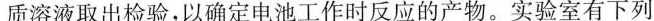
质溶液取出检验，以确定电池工作时反应的产物。实验室有下列